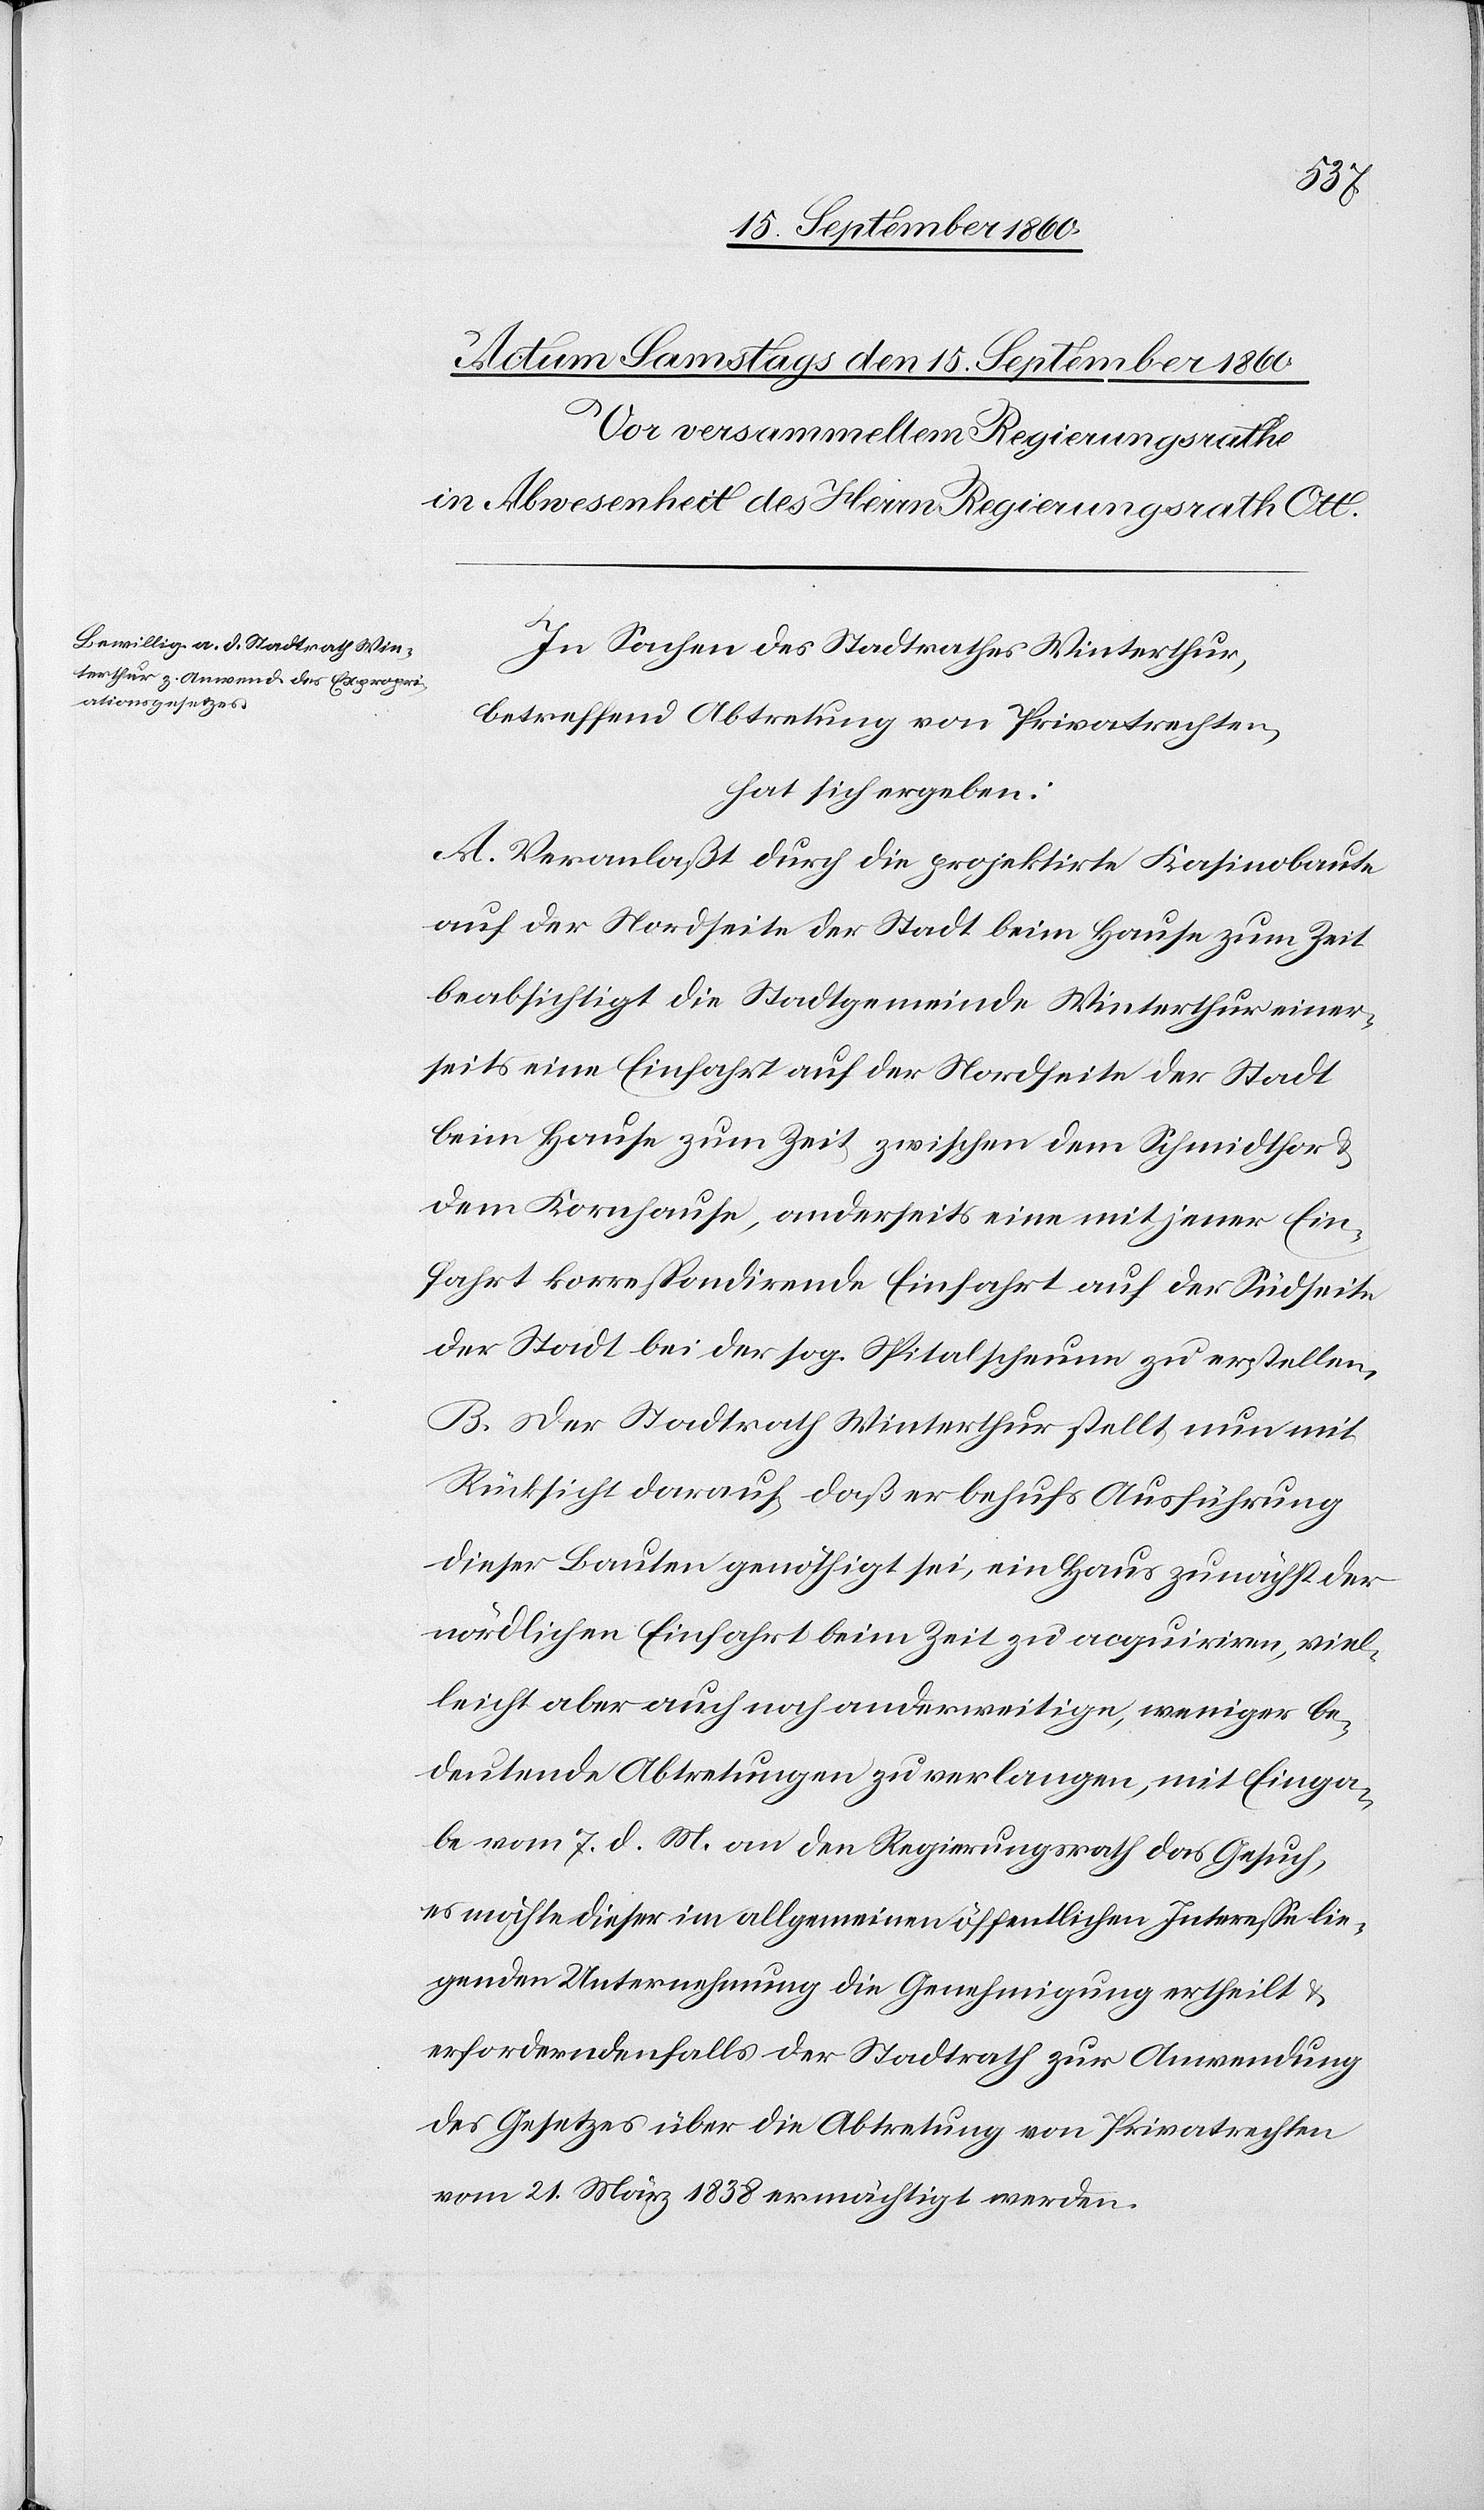
In Sachen des Stadtrathes Winterthur,
betreffend Abtretung von Privatrechten
hat sich ergeben:
A. Veranlasst durch die projektirte Casinobaute
auf der Nordseite der Stadt beim Hause zum Zeit
beabsichtigt die Stadtgemeinde Winterthur einer¬
seits eine Einfahrt auf der Nordseite der Stadt
beim Hause zum Zeit zwischen dem Schmidthor u.
dem Kornhause, anderseits eine mit jener Ein¬
fahrt correspondirende Einfahrt auf der Südseite
der Stadt bei der s. g. Spitalscheune zu erstellen.
B. Der Stadtrath Winterthur stellt nun mit
Rücksicht darauf, dass er behufs Ausführung
dieser Bauten genöthigt sei, ein Haus zunächst der
nördlichen Einfahrt beim Zeit zu acquiriren, viel¬
leicht aber auch noch anderweitige, weniger be¬
deutende Abtretungen zu verlangen, mit Einga¬
be vom 7. d. Mts. an den Regierungsrath das Gesuch,
es möchte dieser im allgemeinen öffentlichen Interesse lie¬
genden Unternehmung die Genehmigung ertheilt und
erforderndenfalls der Stadtrath zur Anwendung
des Gesetzes über die Abtretung von Privatrechten
vom 21. März 1838 ermächtigt werden.